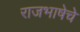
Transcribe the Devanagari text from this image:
राजभाषेचे